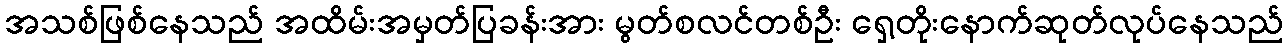
အသစ်ဖြစ်နေသည် အထိမ်းအမှတ်ပြခန်းအား မွတ်စလင်တစ်ဦး ရှေ့တိုးနောက်ဆုတ်လုပ်နေသည်